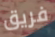
فريق